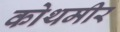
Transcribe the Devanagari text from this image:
कोथमीर